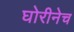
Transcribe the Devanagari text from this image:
घोरीनेच